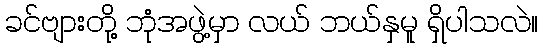
ခင်ဗျားတို့ ဘုံအဖွဲ့မှာ လယ် ဘယ်နှမူ ရှိပါသလဲ။